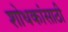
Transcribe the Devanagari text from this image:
शोधकांसाठी